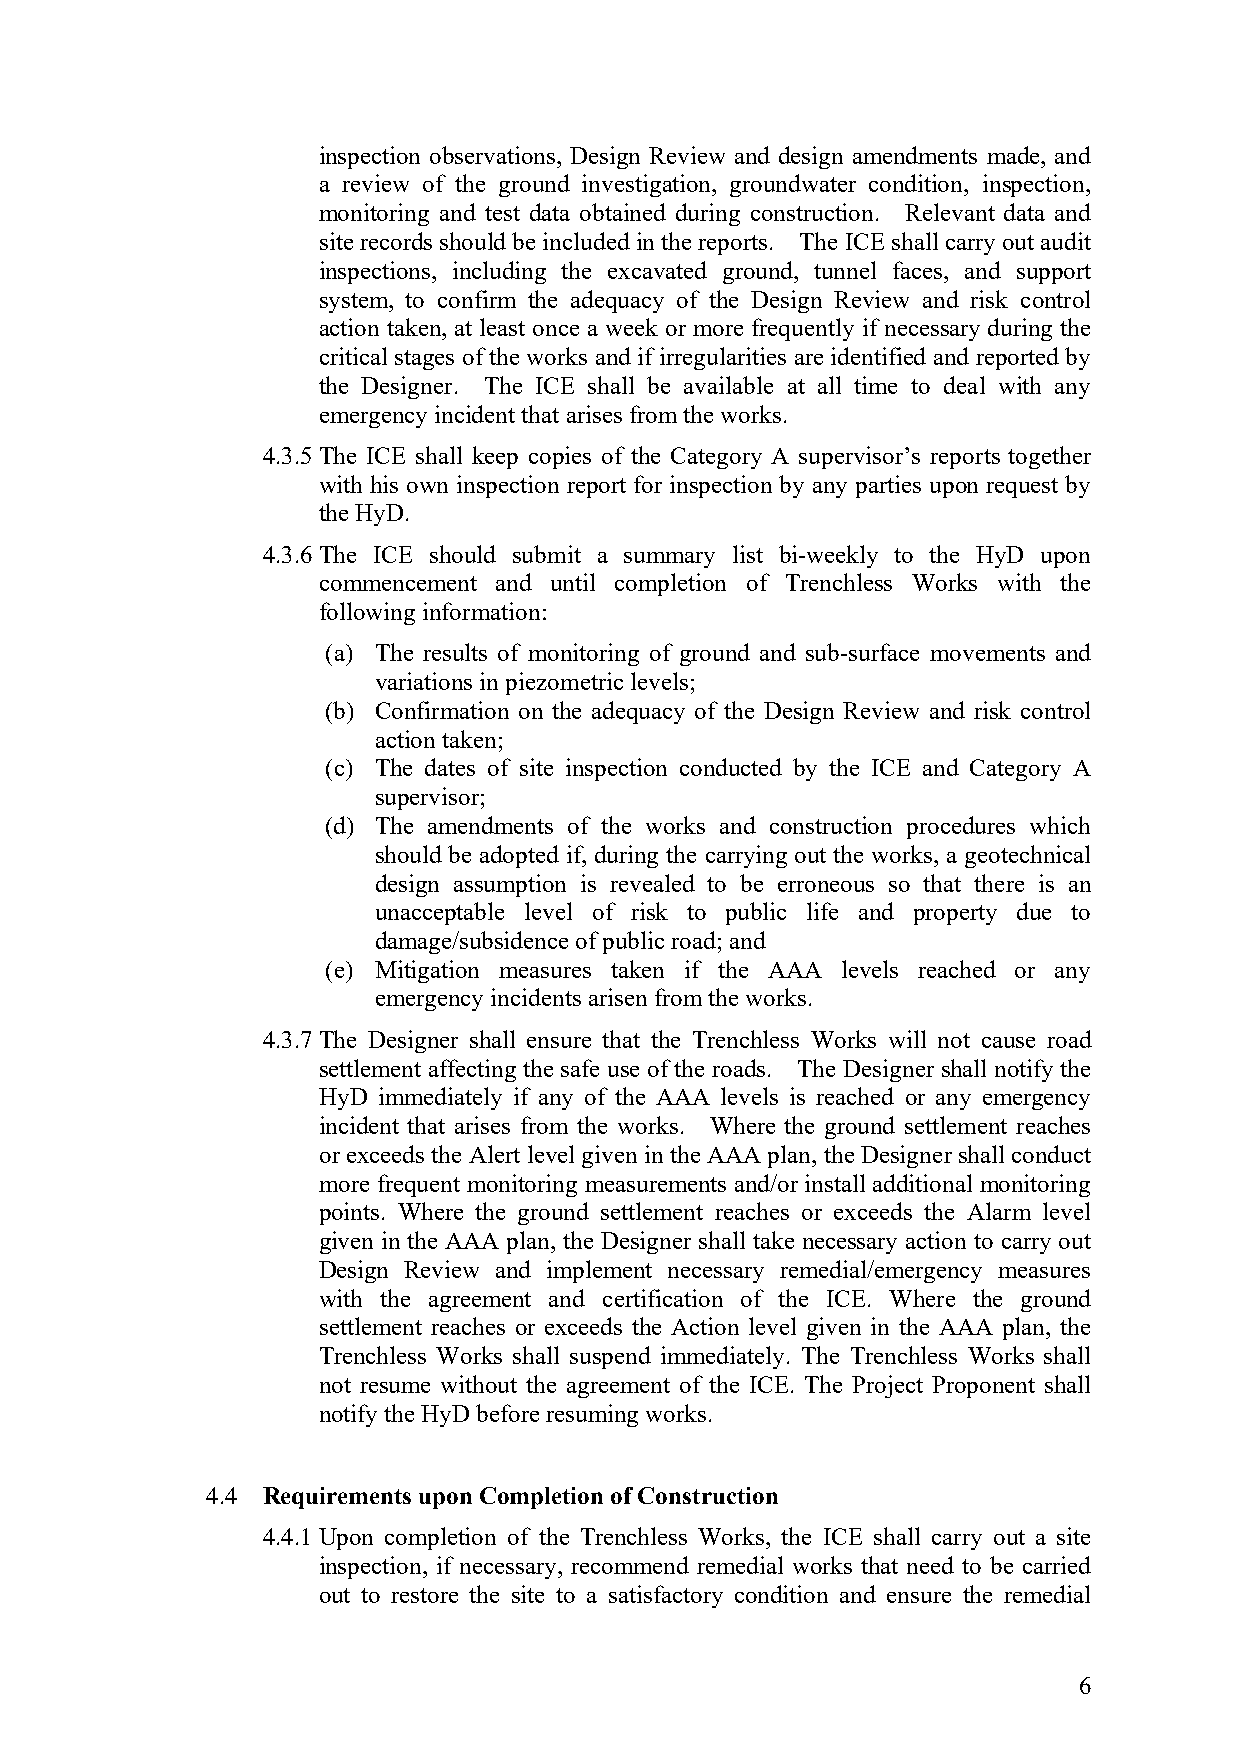
inspection observations, Design Review and design amendments made, and
 a review of the ground investigation, groundwater condition, inspection,
 monitoring and test data obtained during construction. Relevant data and
 site records should be included in the reports. The ICE shall carry out audit
 inspections, including the excavated ground, tunnel faces, and support
 system, to confirm the adequacy of the Design Review and risk control
 action taken, at least once a week or more frequently if necessary during the
 critical stages of the works and if irregularities are identified and reported by
 the Designer. The ICE shall be available at all time to deal with any
 emergency incident that arises from the works.
 4.3.5 The ICE shall keep copies of the Category A supervisor’s reports together
 with his own inspection report for inspection by any parties upon request by
 the HyD.
 4.3.6 The ICE should submit a summary list bi-weekly to the HyD upon
 commencement and until completion of Trenchless Works with the
 following information:
 (a) The results of monitoring of ground and sub-surface movements and
 variations in piezometric levels;
 (b) Confirmation on the adequacy of the Design Review and risk control
 action taken;
 (c) The dates of site inspection conducted by the ICE and Category A
 supervisor;
 (d) The amendments of the works and construction procedures which
 should be adopted if, during the carrying out the works, a geotechnical
 design assumption is revealed to be erroneous so that there is an
 unacceptable level of risk to public life and property due to
 damage/subsidence of public road; and
 (e) Mitigation measures taken if the AAA levels reached or any
 emergency incidents arisen from the works.
 4.3.7 The Designer shall ensure that the Trenchless Works will not cause road
 settlement affecting the safe use of the roads. The Designer shall notify the
 HyD immediately if any of the AAA levels is reached or any emergency
 incident that arises from the works. Where the ground settlement reaches
 or exceeds the Alert level given in the AAA plan, the Designer shall conduct
 more frequent monitoring measurements and/or install additional monitoring
 points. Where the ground settlement reaches or exceeds the Alarm level
 given in the AAA plan, the Designer shall take necessary action to carry out
 Design Review and implement necessary remedial/emergency measures
 with the agreement and certification of the ICE. Where the ground
 settlement reaches or exceeds the Action level given in the AAA plan, the
 Trenchless Works shall suspend immediately. The Trenchless Works shall
 not resume without the agreement of the ICE. The Project Proponent shall
 notify the HyD before resuming works.
 4.4 Requirements upon Completion of Construction
 4.4.1 Upon completion of the Trenchless Works, the ICE shall carry out a site
 inspection, if necessary, recommend remedial works that need to be carried
 out to restore the site to a satisfactory condition and ensure the remedial
 6